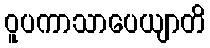
ဝူပကာသာပေယျာတိ